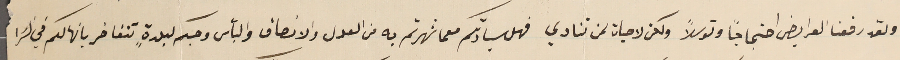
ولقد رفعنا العرايض احتجاجاً وتوسلاً ولكن لا حيات لمن تنادي فهل سيادتكم معما شهرتم به من العدل والانصاف والبأس وحبكم لبلدةٍ تتفاخر بانها لكم في السَرا